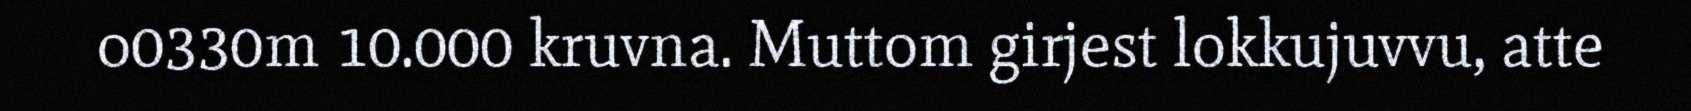
o0330m 10.000 kruvna. Muttom girjest lokkujuvvu, atte